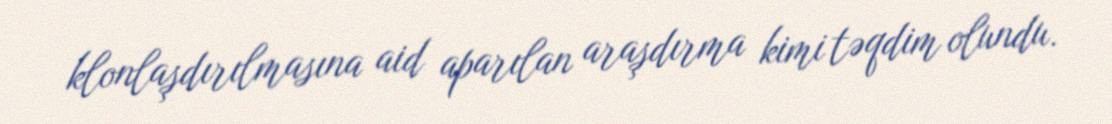
klonlaşdırılmasına aid aparılan araşdırma kimi təqdim olundu.